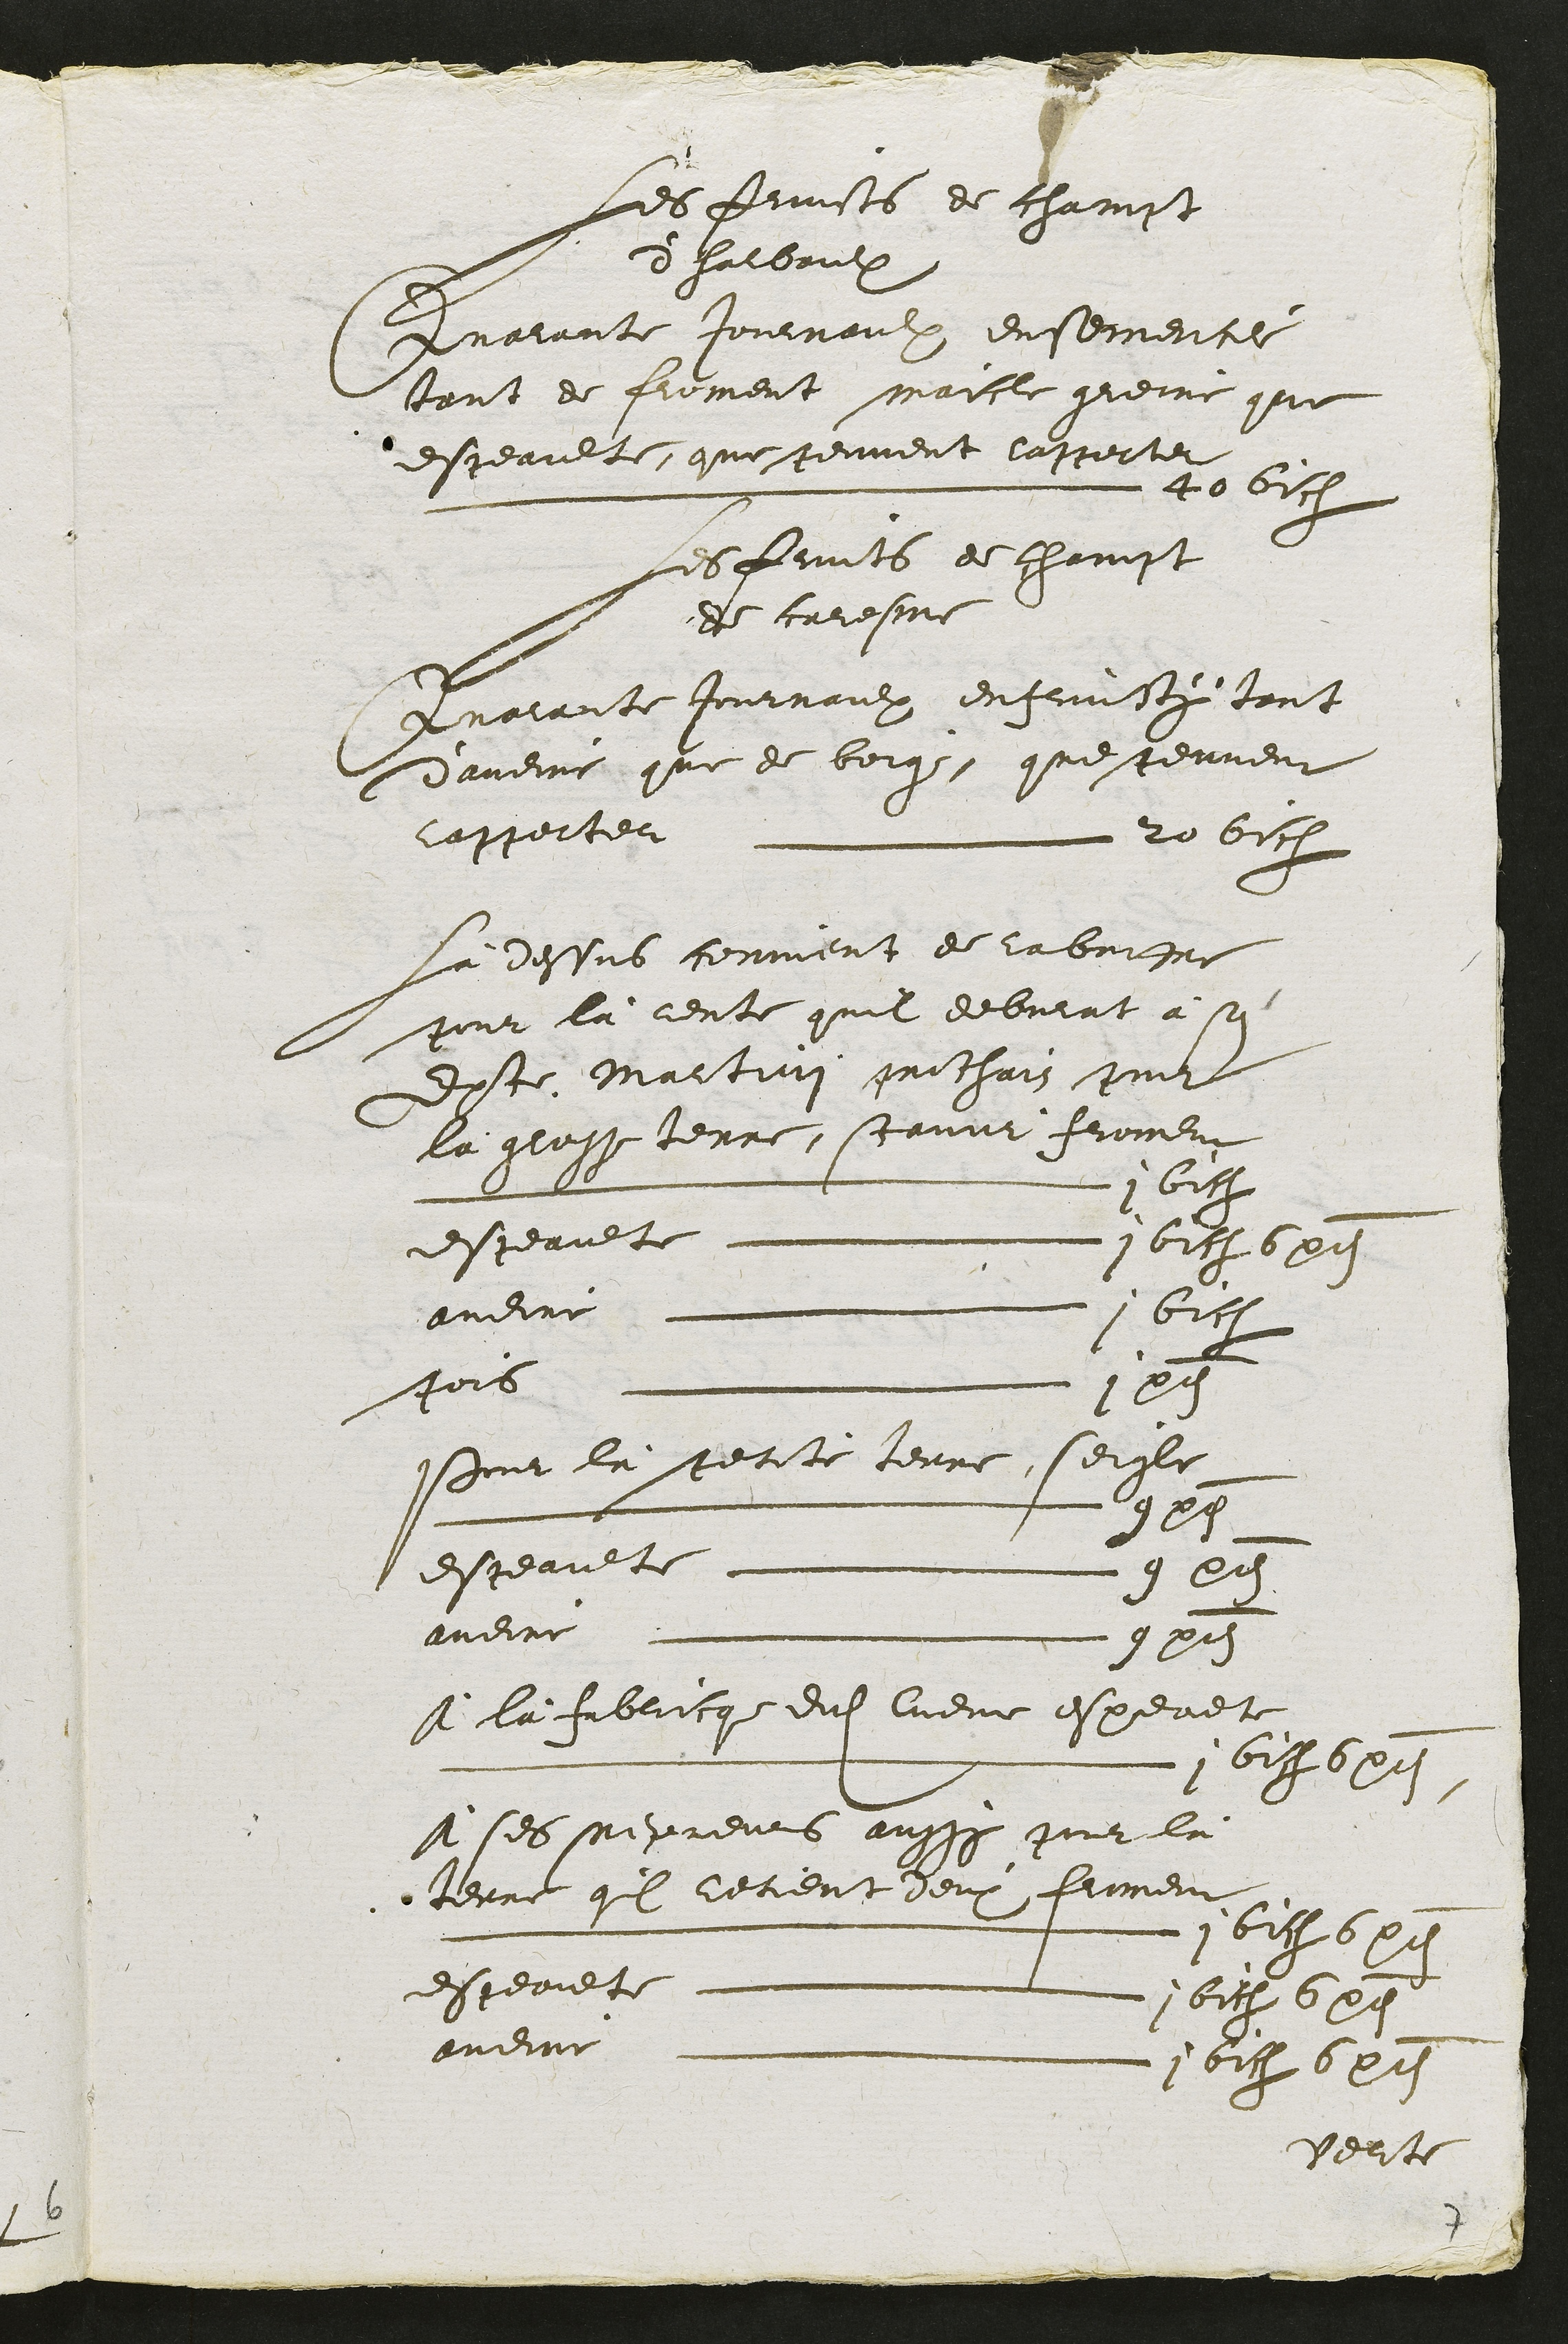
Les finsts de chavst
dhalbaulx
Malante jouvaulx ensemert
sont de fiement maicle gueie que
dsteaulte questement lajester
Le 26 Cust
les fants de chevust
de criesme
Malauee journaulx entrusiy teust
Qaueie que de boige questenneue
Aajettel Lu 20 lh
La dessus coument e labreste
Nour la leute quil deblulat a so
doste Mastin gichain Nit
la gluste terre scamme hirneui
L nnn nn t n ; 6itt
Esteauete m rf:nlait i btubpt
audire l G
fors. ,et
Pour la sceeste terre seicle
Lseennnio 1O
Esteaulte p ne 9u Ett
ludire  qu flt
A la hiblicg dudit Cueme espeuete
LLi B6
A ses fepremis aussx Iner la
erre giu lecent deux feimeu
Lyg
eggemete  iat o
audite L C6i6 t
Selste

7